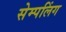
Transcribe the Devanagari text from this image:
सेम्पलिंग